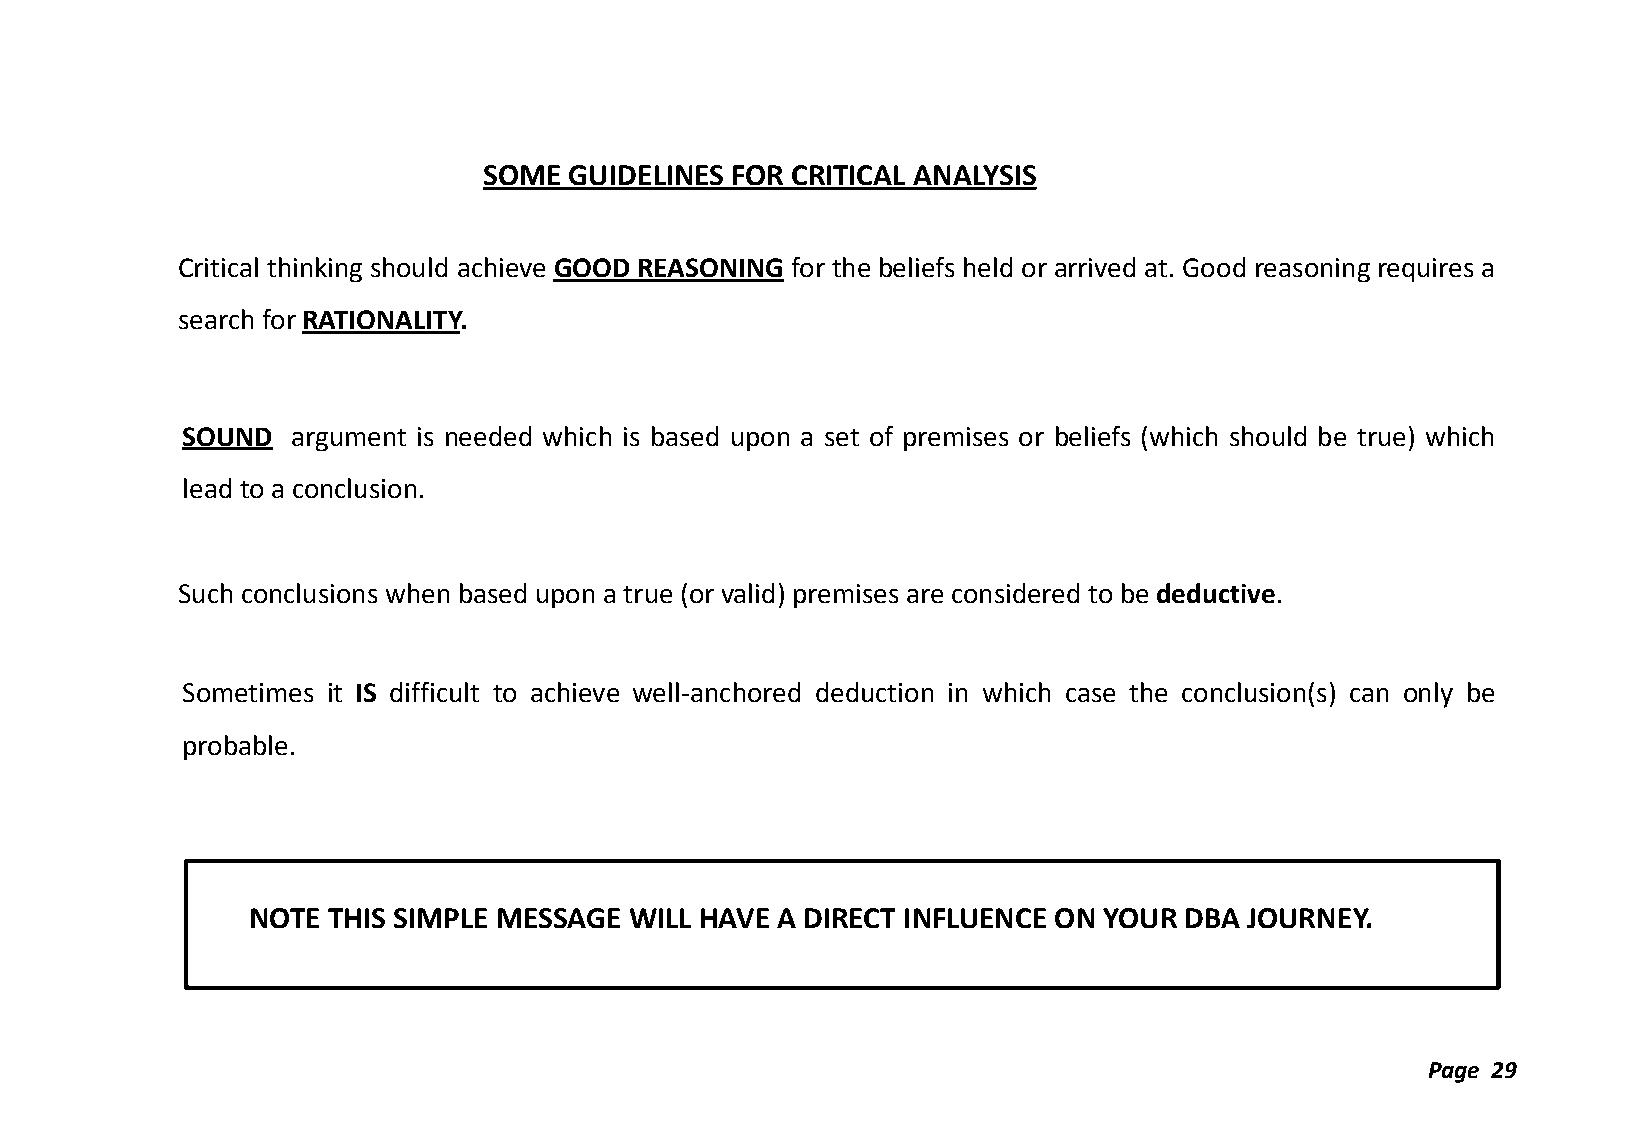
SOME  GUIDELINES FOR CRITICAL ANALYSIS
 Critical thinking should achieve GOOD REASONING for the beliefs held or arrived at. Good reasoning requires a
 search for RATIONALITY.
 SOUND  argument is needed which is based upon a set of premises or beliefs (which should be true) which
 lead to a conclusion.
 Such conclusions when based upon a true (or valid) premises are considered to be deductive.
 Sometimes it IS difficult to achieve well-anchored deduction in which case the conclusion(s) can only be
 probable.
 NOTE  THIS SIMPLE MESSAGE WILL HAVE A DIRECT INFLUENCE ON YOUR DBA JOURNEY.
 Page 29